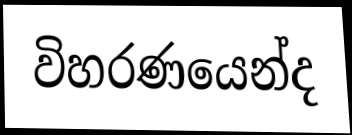
විහරණයෙන්ද